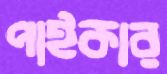
পাইকার